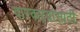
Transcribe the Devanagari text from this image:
वारकऱ्यांसाठी